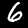
Digit: 6